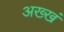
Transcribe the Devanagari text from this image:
अख्खं